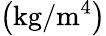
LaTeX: \left(\mathrm{{kg/m^{4}}}\right)